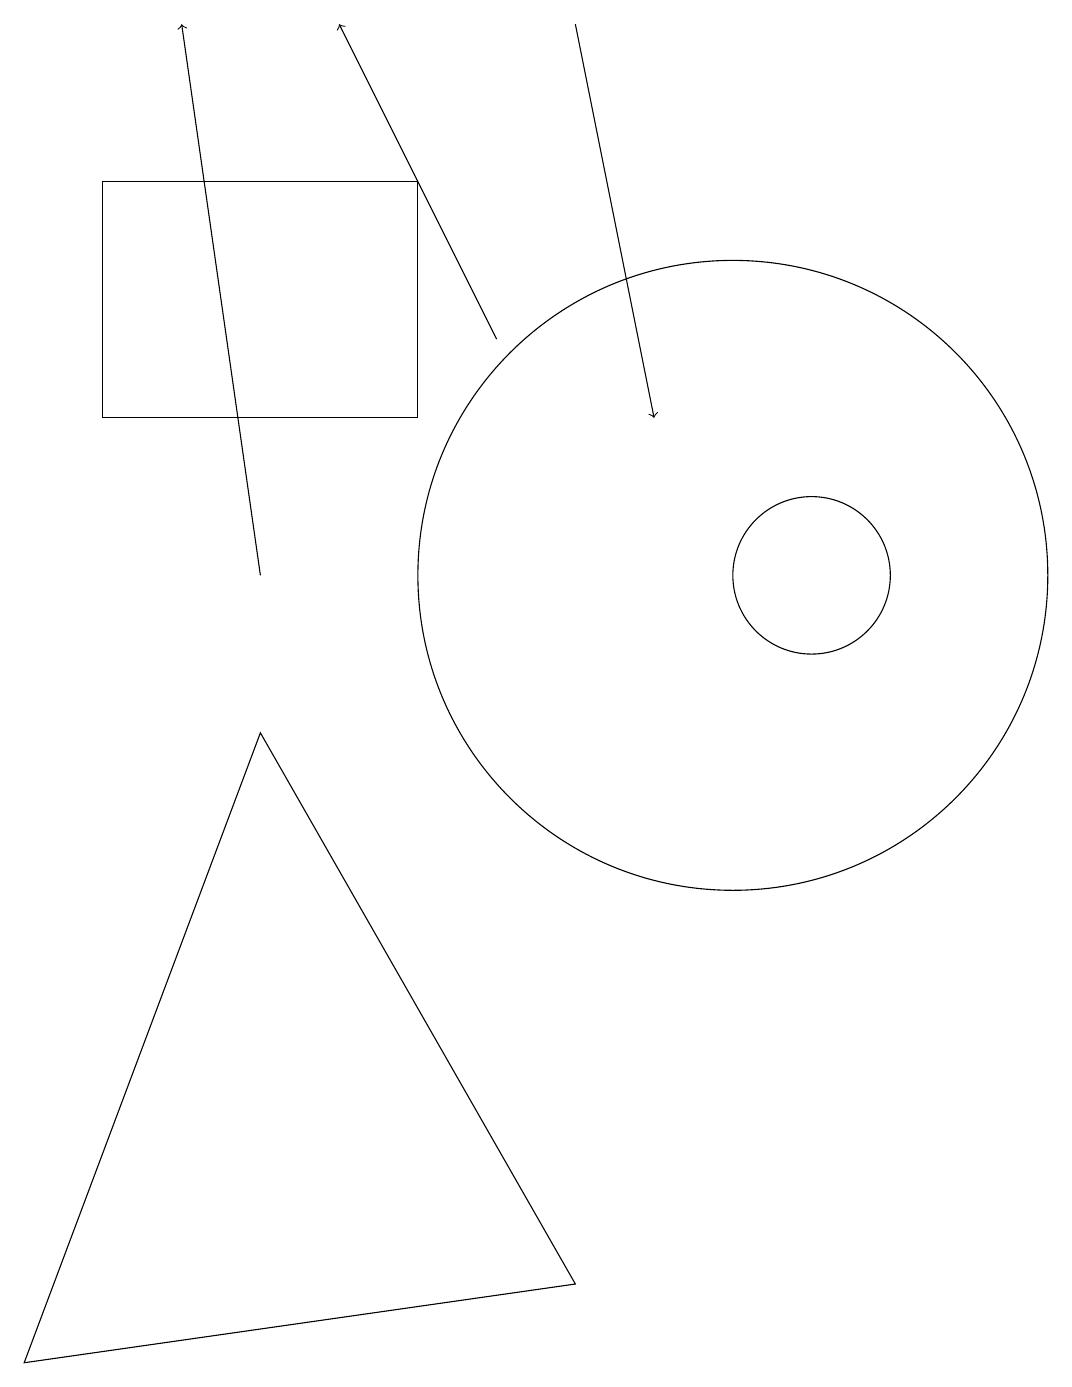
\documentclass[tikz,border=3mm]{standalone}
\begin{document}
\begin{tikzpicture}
\draw (10,10) circle (4);
\draw (8,1) -- (1,0) -- (4,8) -- cycle;
\draw[->] (4,10) -- (3,17);
\draw (11,10) circle (1);
\draw[->] (7,13) -- (5,17);
\draw (6,12) rectangle (2,15);
\draw[->] (8,17) -- (9,12);
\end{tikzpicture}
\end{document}